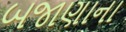
બજાણાના